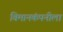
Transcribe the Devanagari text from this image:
विमानकंपनीला